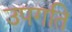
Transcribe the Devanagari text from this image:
उपगति